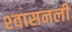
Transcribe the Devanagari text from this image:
श्‍वासनली